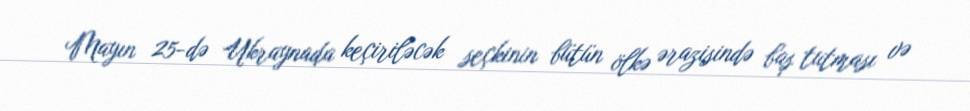
Mayın 25-də Ukraynada keçiriləcək seçkinin bütün ölkə ərazisində baş tutması və